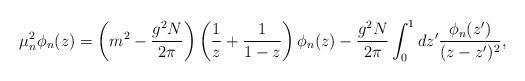
LaTeX: \begin{align*}\mu^2_n \phi_n(z)=\left(m^2-\frac{g^2N}{2\pi}\right)\left(\frac{1}{z}+\frac{1}{1-z}\right)\phi_n(z)-\frac{g^2N}{2\pi}\int_0^1 dz' \frac{\phi_n(z')}{(z-z')^2},\end{align*}